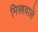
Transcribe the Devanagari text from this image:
मिस्त्रवाले